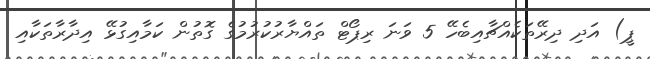
ޕީ) އަދި ދިރޭތަކެއްޗާއިބެހޭ 5 ވަނަ ރިޕޯޓް ތައްޔާރުކުރުމުގެ ގޮތުން ކަމާއިގުޅޭ އިދާރާތަކާއި